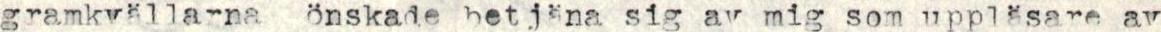
gramkvällarna önskade betjäna sig av mig som uppläsare av